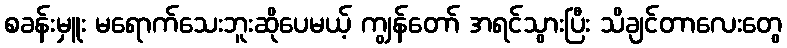
စခန်းမှူး မရောက်သေးဘူးဆိုပေမယ့် ကျွန်တော် အရင်သွားပြီး သိချင်တာလေးတွေ